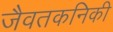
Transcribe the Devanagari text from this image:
जैवतकनिकी